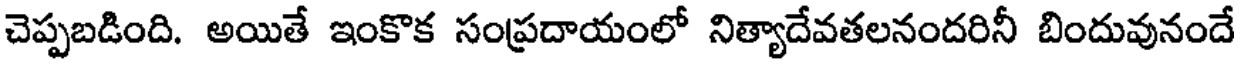
చెప్పబడింది. అయితే ఇంకొక సంప్రదాయంలో నిత్యాదేవతలనందరినీ బిందువునందే